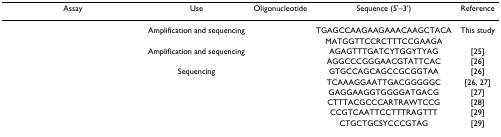
<table><thead><tr><td><b>Assay</b></td><td><b>Use</b></td><td><b>Oligonucleotide</b></td><td><b>Sequence (5'–3')</b></td><td><b>Reference</b></td></tr></thead><tbody><tr><td>[EMPTY_CELL]</td><td>Amplification and sequencing</td><td>[EMPTY_CELL]</td><td>TGAGCCAAGAAGAAACAAGCTACA</td><td>This study</td></tr><tr><td>[EMPTY_CELL]</td><td>[EMPTY_CELL]</td><td>[EMPTY_CELL]</td><td>MATGGTTCCRCTTTCCGAAGA</td><td>[EMPTY_CELL]</td></tr><tr><td>[EMPTY_CELL]</td><td>Amplification and sequencing</td><td>[EMPTY_CELL]</td><td>AGAGTTTGATCYTGGYTYAG</td><td>[25]</td></tr><tr><td>[EMPTY_CELL]</td><td>[EMPTY_CELL]</td><td>[EMPTY_CELL]</td><td>AGGCCCGGGAACGTATTCAC</td><td>[26]</td></tr><tr><td>[EMPTY_CELL]</td><td>Sequencing</td><td>[EMPTY_CELL]</td><td>GTGCCAGCAGCCGCGGTAA</td><td>[26]</td></tr><tr><td>[EMPTY_CELL]</td><td>[EMPTY_CELL]</td><td>[EMPTY_CELL]</td><td>TCAAAGGAATTGACGGGGGC</td><td>[26, 27]</td></tr><tr><td>[EMPTY_CELL]</td><td>[EMPTY_CELL]</td><td>[EMPTY_CELL]</td><td>GAGGAAGGTGGGGATGACG</td><td>[27]</td></tr><tr><td>[EMPTY_CELL]</td><td>[EMPTY_CELL]</td><td>[EMPTY_CELL]</td><td>CTTTACGCCCARTRAWTCCG</td><td>[28]</td></tr><tr><td>[EMPTY_CELL]</td><td>[EMPTY_CELL]</td><td>[EMPTY_CELL]</td><td>CCGTCAATTCCTTTRAGTTT</td><td>[29]</td></tr><tr><td>[EMPTY_CELL]</td><td>[EMPTY_CELL]</td><td>[EMPTY_CELL]</td><td>CTGCTGCSYCCCGTAG</td><td>[29]</td></tr></tbody></table>